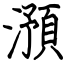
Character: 澦